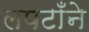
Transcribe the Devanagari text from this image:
लपटाँने